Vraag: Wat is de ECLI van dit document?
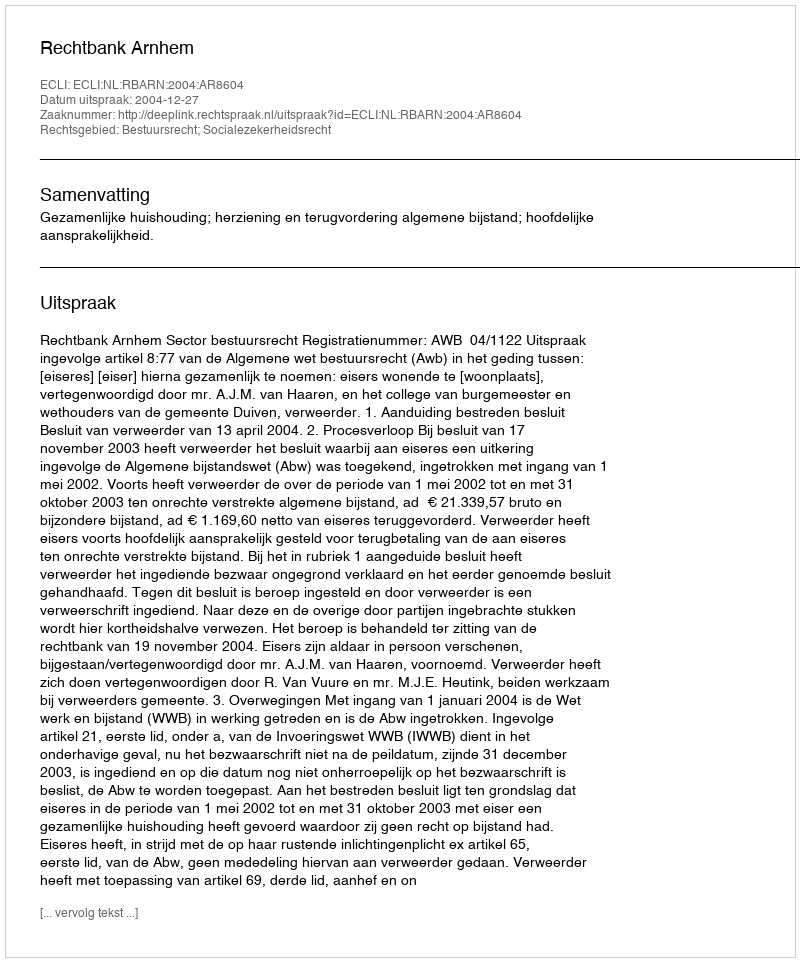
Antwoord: ECLI:NL:RBARN:2004:AR8604